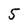
Character: 5